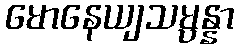
မောနေယျသမ္ပန္နာ